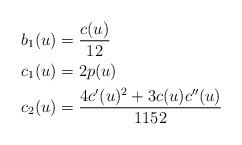
LaTeX: \begin{align*}&b_{1}(u) = \frac{c(u)}{12} \\&c_{1}(u) = 2 p(u) \\&c_{2}(u) = \frac{4 c'(u)^{2} + 3 c(u) c''(u)}{1152}\end{align*}